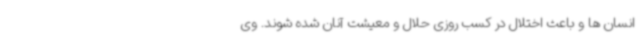
انسان ها و باعث اختلال در کسب روزی حلال و معیشت آنان شده شوند. وی